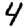
Digit: 4